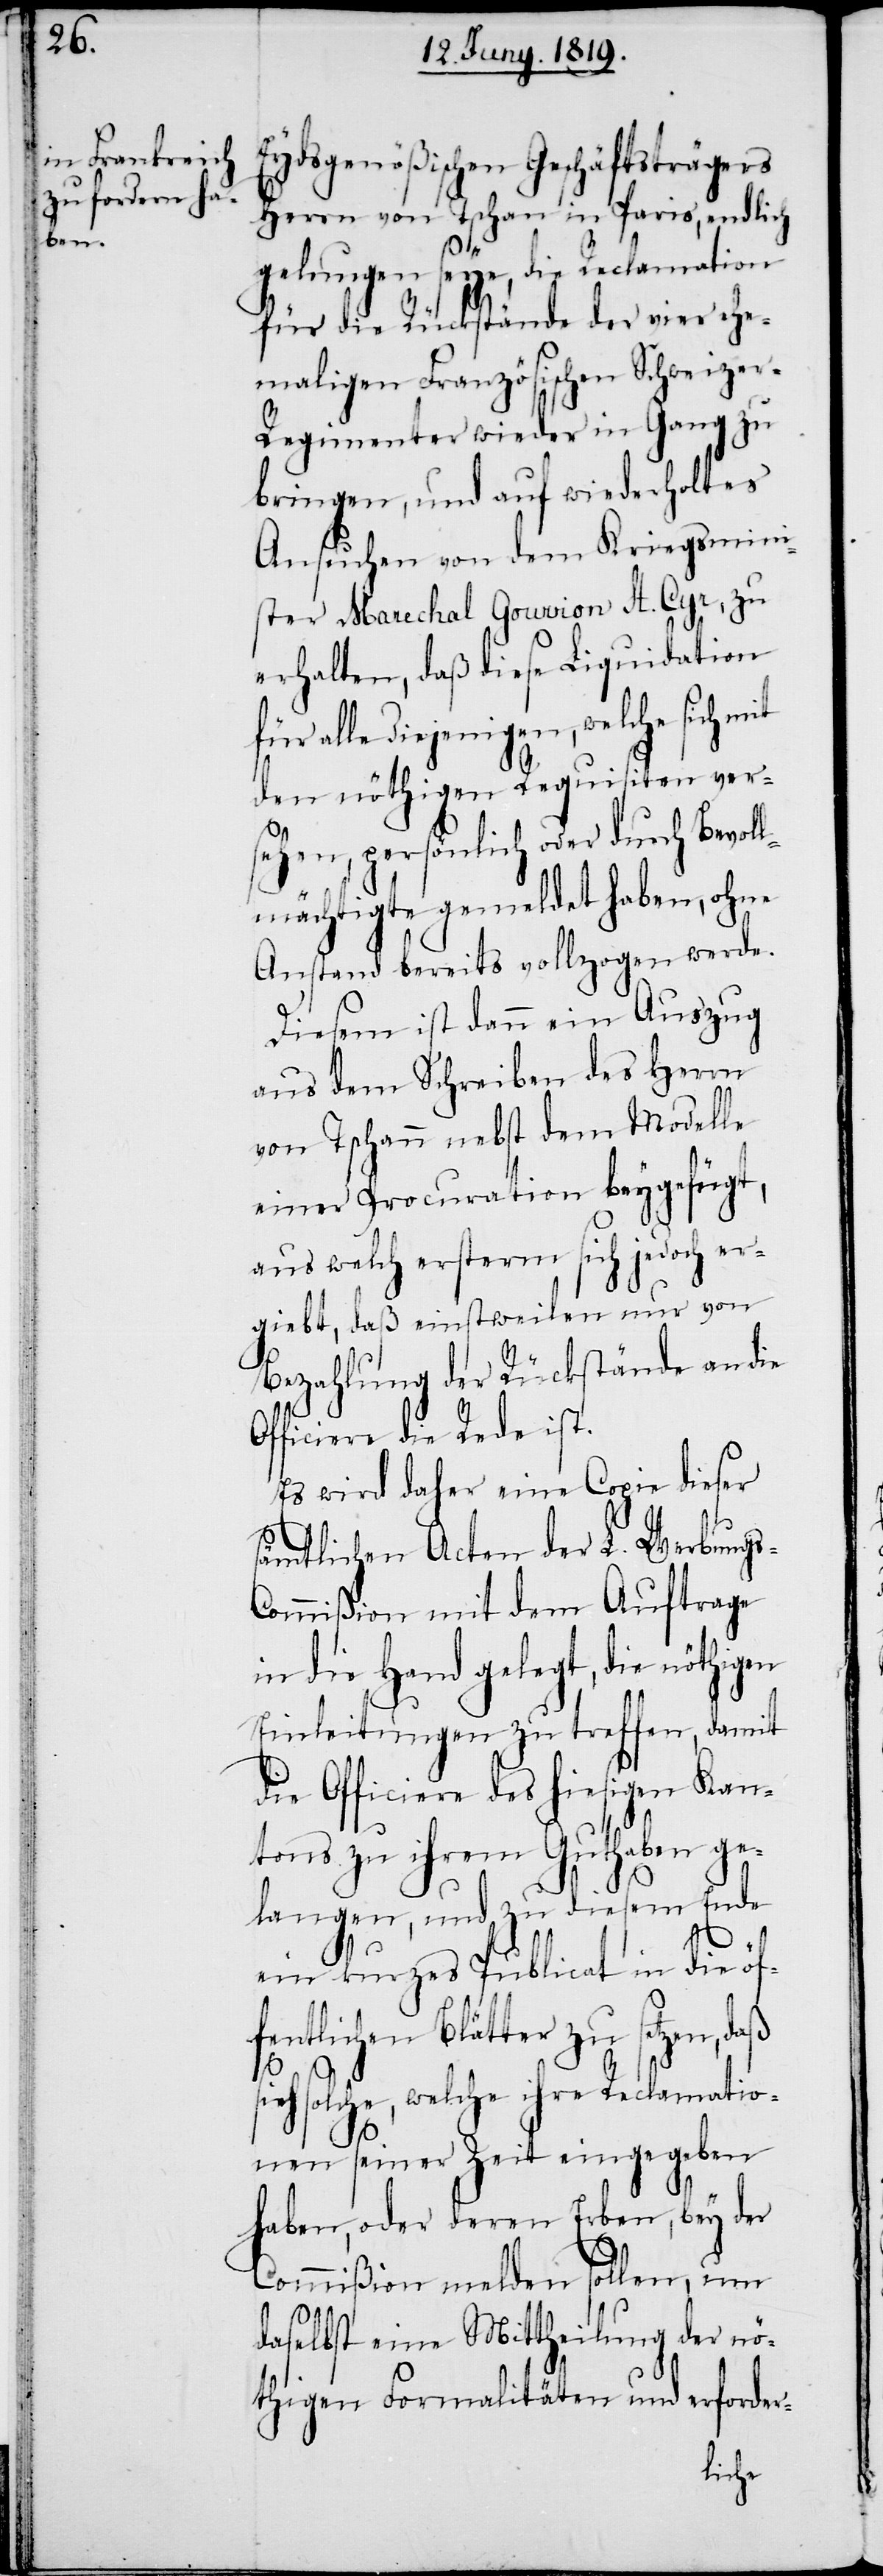
gen

Eydsgenößischen Geschäftsträgers
Herrn von Tschan in Paris, endlich
gelungen seye, die Reclamation
für die Rückstände der vier ehe¬
maligen Französischen Schweize¬
r-Regimenter wieder in Gang zu
bringen, und auf wiederholtes
Ansuchen von dem Kriegsmini¬
ster Marechal Gouvion St. Cyr, zu
erhalten, daß diese Liquidation
für alle diejenigen, welche sich mit
den nöthigen Requisiten ver¬
sehen, persönlich oder durch Bevoll¬
mächtigte gemeldet haben, ohne
Anstand bereits vollzogen werde.
Diesem ist dann ein Auszug
aus dem Schreiben des Herrn
von Tschann nebst dem Modelle
einer Procuration beygefügt,
aus welch ersterm sich jedoch er¬
giebt, daß einstweilen nur von
Bezahlung der Rückstände an die
Officiere die Rede ist.
Es wird daher eine Copie dieser
sämtlichen Acten der L. Werbung¬
s-Commißion mit dem Auftrage
in die Hand gelegt, die nöthi¬
Einleitungen zu treffen, damit
die Officiere des hiesigen Kan¬
tons zu ihrem Guthaben ge¬
langen, und zu diesem Ende
ein kurzes Publicat in die öf¬
fentlichen Blätter zu setzen, daß
solche, welche ihre Reclamatio¬
nen seiner Zeit eingegeben
haben, oder deren Erben, bey der
Commißion melden sollen, um
daselbst eine Mittheilung der nö¬
thigen Formalitäten und erforder-